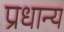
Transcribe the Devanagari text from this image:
प्रधान्य